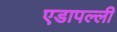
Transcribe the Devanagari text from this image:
एडापल्ली